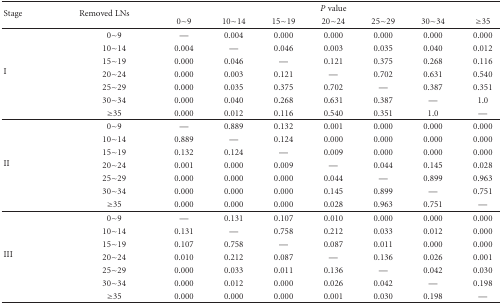
<table><thead><tr><td rowspan="2"><b>Stage</b></td><td rowspan="2"><b>Removed LNs</b></td><td colspan="7"><b><i>P</i> value</b></td></tr><tr><td><b>0~9</b></td><td><b>10~14</b></td><td><b>15~19</b></td><td><b>20~24</b></td><td><b>25~29</b></td><td><b>30~34</b></td><td><b>≥35 </b></td></tr></thead><tbody><tr><td rowspan="7">I</td><td>0~9</td><td>—</td><td>0.004</td><td>0.000</td><td>0.000</td><td>0.000</td><td>0.000</td><td>0.000</td></tr><tr><td>10~14</td><td>0.004</td><td>—</td><td>0.046</td><td>0.003</td><td>0.035</td><td>0.040</td><td>0.012</td></tr><tr><td>15~19</td><td>0.000</td><td>0.046</td><td>—</td><td>0.121</td><td>0.375</td><td>0.268</td><td>0.116</td></tr><tr><td>20~24</td><td>0.000</td><td>0.003</td><td>0.121</td><td>—</td><td>0.702</td><td>0.631</td><td>0.540</td></tr><tr><td>25~29</td><td>0.000</td><td>0.035</td><td>0.375</td><td>0.702</td><td>—</td><td>0.387</td><td>0.351</td></tr><tr><td>30~34</td><td>0.000</td><td>0.040</td><td>0.268</td><td>0.631</td><td>0.387</td><td>—</td><td>1.0</td></tr><tr><td>≥35</td><td>0.000</td><td>0.012</td><td>0.116</td><td>0.540</td><td>0.351</td><td>1.0</td><td>—</td></tr><tr><td rowspan="7">II</td><td>0~9</td><td>—</td><td>0.889</td><td>0.132</td><td>0.001</td><td>0.000</td><td>0.000</td><td>0.000</td></tr><tr><td>10~14</td><td>0.889</td><td>—</td><td>0.124</td><td>0.000</td><td>0.000</td><td>0.000</td><td>0.000</td></tr><tr><td>15~19</td><td>0.132</td><td>0.124</td><td>—</td><td>0.009</td><td>0.000</td><td>0.000</td><td>0.000</td></tr><tr><td>20~24</td><td>0.001</td><td>0.000</td><td>0.009</td><td>—</td><td>0.044</td><td>0.145</td><td>0.028</td></tr><tr><td>25~29</td><td>0.000</td><td>0.000</td><td>0.000</td><td>0.044</td><td>—</td><td>0.899</td><td>0.963</td></tr><tr><td>30~34</td><td>0.000</td><td>0.000</td><td>0.000</td><td>0.145</td><td>0.899</td><td>—</td><td>0.751</td></tr><tr><td>≥35</td><td>0.000</td><td>0.000</td><td>0.000</td><td>0.028</td><td>0.963</td><td>0.751</td><td>—</td></tr><tr><td rowspan="7">III</td><td>0~9</td><td>—</td><td>0.131</td><td>0.107</td><td>0.010</td><td>0.000</td><td>0.000</td><td>0.000</td></tr><tr><td>10~14</td><td>0.131</td><td>—</td><td>0.758</td><td>0.212</td><td>0.033</td><td>0.012</td><td>0.000</td></tr><tr><td>15~19</td><td>0.107</td><td>0.758</td><td>—</td><td>0.087</td><td>0.011</td><td>0.000</td><td>0.000</td></tr><tr><td>20~24</td><td>0.010</td><td>0.212</td><td>0.087</td><td>—</td><td>0.136</td><td>0.026</td><td>0.001</td></tr><tr><td>25~29</td><td>0.000</td><td>0.033</td><td>0.011</td><td>0.136</td><td>—</td><td>0.042</td><td>0.030</td></tr><tr><td>30~34</td><td>0.000</td><td>0.012</td><td>0.000</td><td>0.026</td><td>0.042</td><td>—</td><td>0.198</td></tr><tr><td>≥35</td><td>0.000</td><td>0.000</td><td>0.000</td><td>0.001</td><td>0.030</td><td>0.198</td><td>—</td></tr></tbody></table>